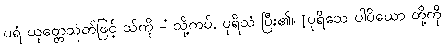
ပရံ ယုတ္တေသုတ်ဖြင့် သ်ကို -ံ သို့ကပ်, ပုရိသံ ပြီး၏။ [ပုရိသေ ပါပိယော တို့ကို